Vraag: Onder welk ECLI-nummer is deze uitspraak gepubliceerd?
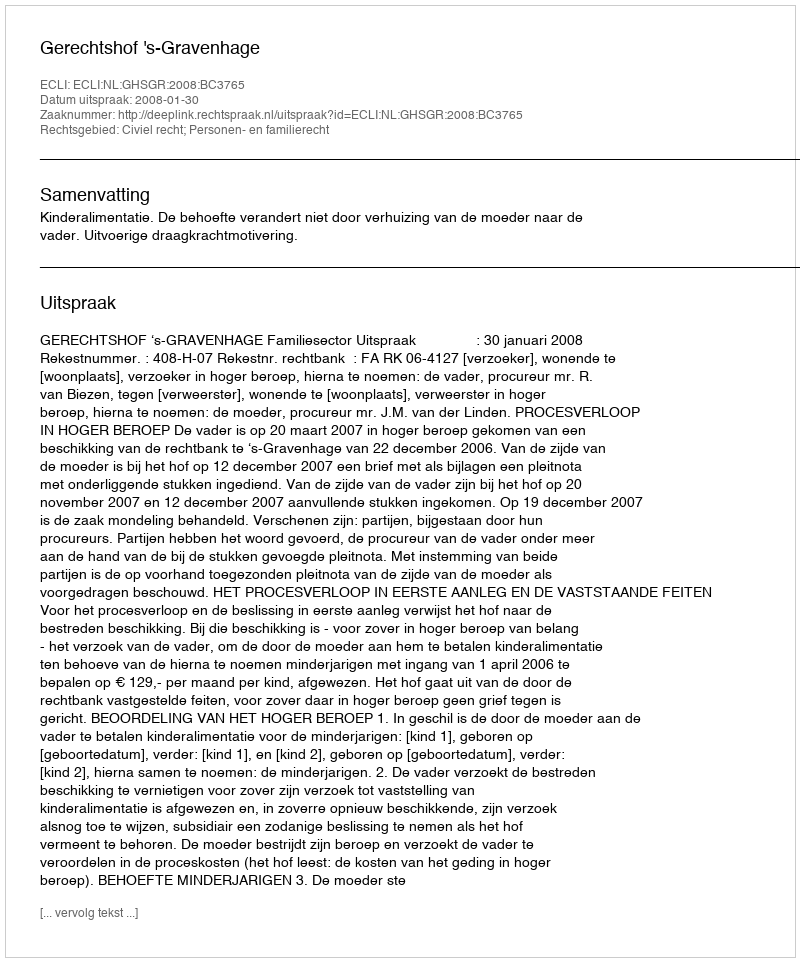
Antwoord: ECLI:NL:GHSGR:2008:BC3765